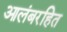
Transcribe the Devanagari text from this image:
आलंबरहित